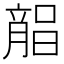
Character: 𣎘